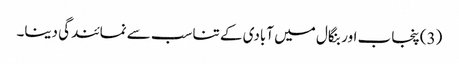
(3) پنجاب اور بنگال میں آبادی کے تناسب سے نمائندگی دینا۔